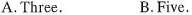
A.Three. B.Five.